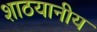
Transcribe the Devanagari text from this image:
शाठयानीय